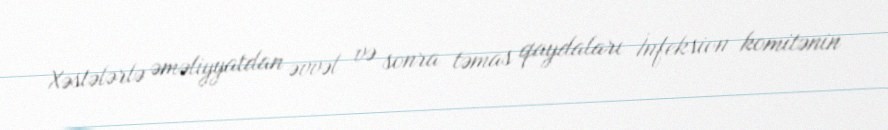
Xəstələrlə əməliyyatdan əvvəl və sonra təmas qaydaları İnfeksion komitənin